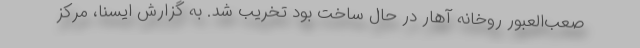
صعب‌العبور روخانه آهار در حال ساخت بود تخریب شد. به گزارش ایسنا، مرکز